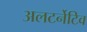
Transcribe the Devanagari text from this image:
अलटर्नेटिव